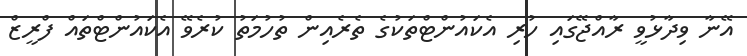
އޭނާ ވިދާޅުވީ ރާއްޖޭގައި ހުރި އެކައުންޓްތަކުގެ ތެރެއިން ތުހުމަތު ކުރެވޭ އެކައުންޓްތައް ފްރީޒް